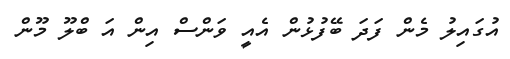
އުގައިލު މެން ފަދަ ބޭފުޅުން އެއީ ވަންސް އިން އަ ބްލޫ މޫން